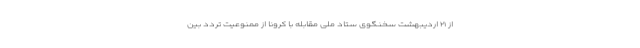
از ۲۱ اردیبهشت سخنگوی ستاد ملی مقابله با کرونا از ممنوعیت تردد بین